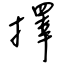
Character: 擇